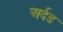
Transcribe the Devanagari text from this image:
अर्दड